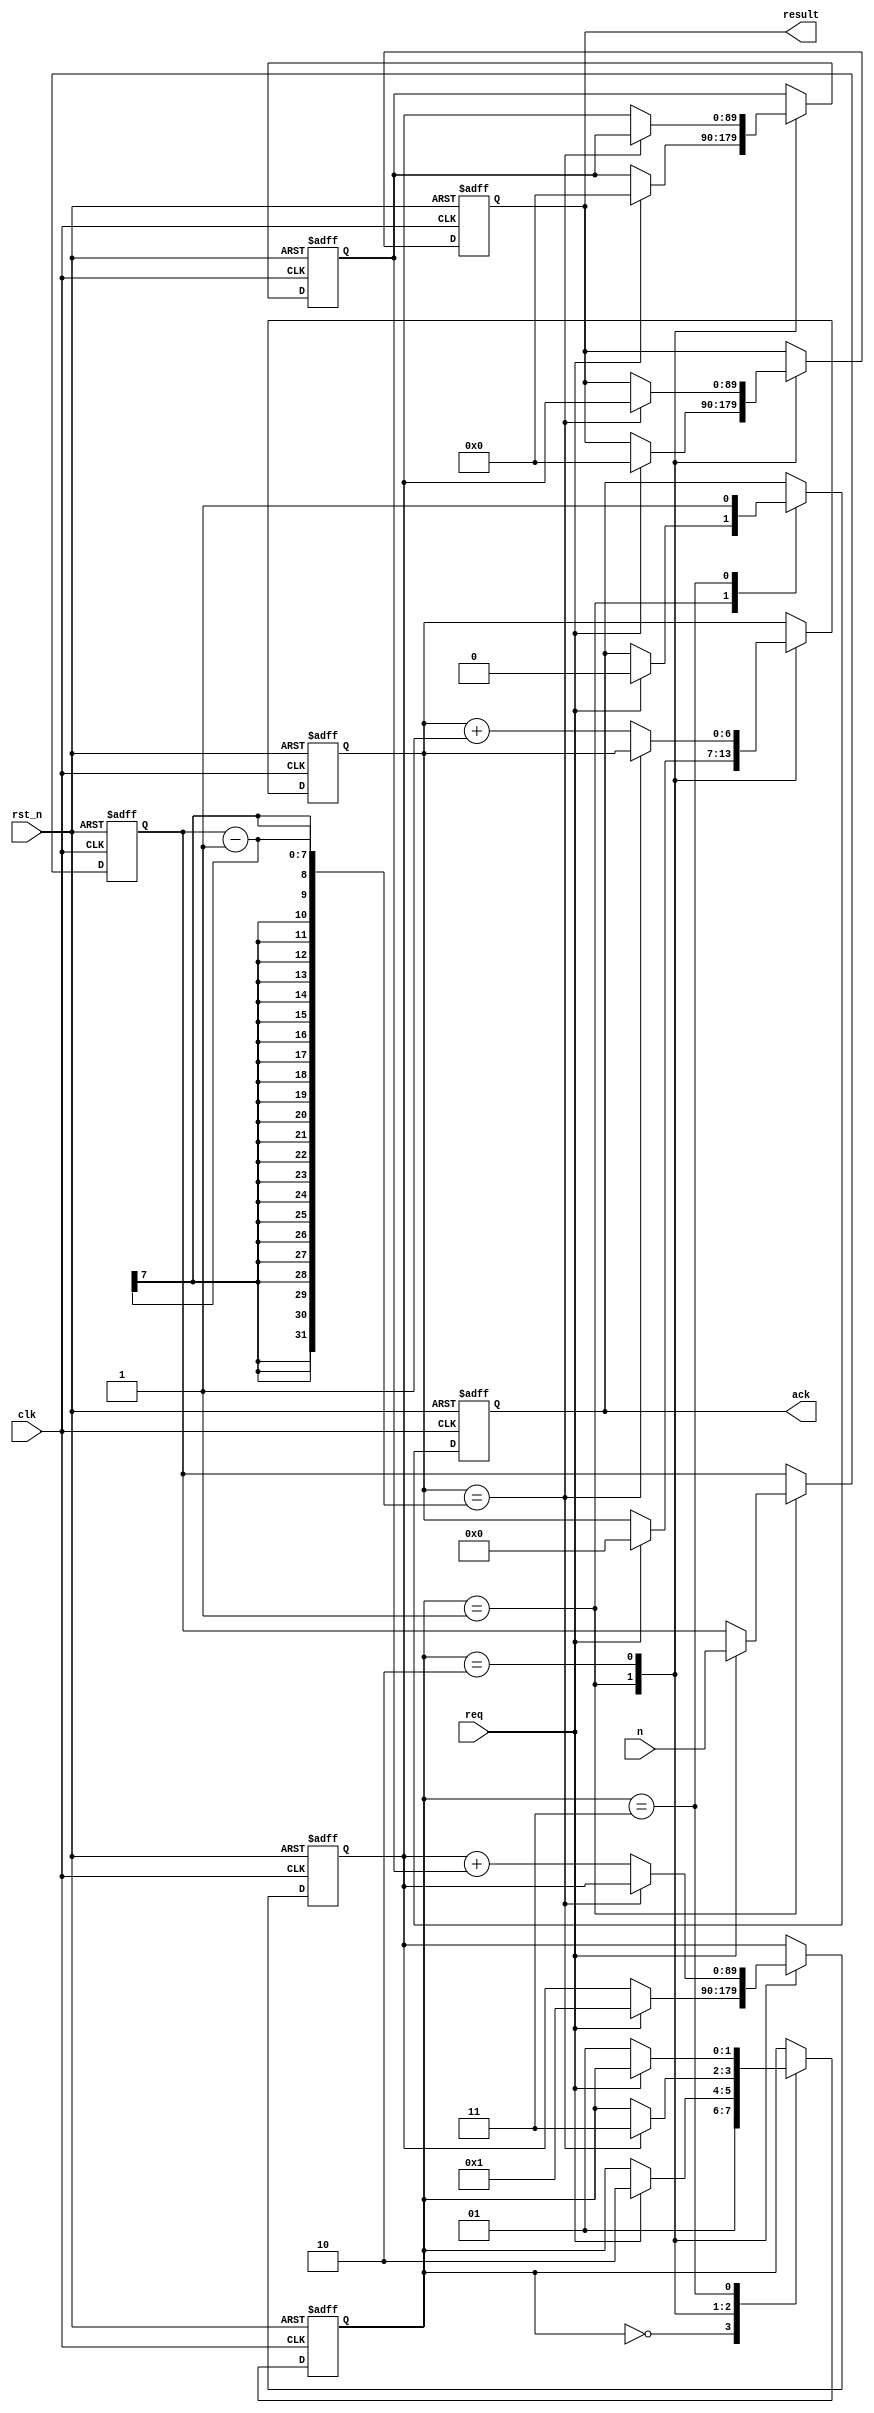
module fib
#(
  parameter N_IN  = 7,
  parameter N_OUT = 90
)
(
  input  wire             rst_n,
  input  wire             clk,
  input  wire             req,
  input  wire [N_IN-1:0]  n,
  output reg              ack,
  output reg  [N_OUT-1:0] result
);

localparam
  INIT          = 2'b00,
  WAIT_REQ      = 2'b01,
  CALC          = 2'b10,
  WAIT_REQ_FALL = 2'b11;

reg [1:0]       state;
reg [N_IN-1:0]  n_reg;
reg [N_OUT-1:0] n_m1;
reg [N_OUT-1:0] n_m2;
reg [N_IN-1:0]  cnt;

always @(posedge clk or negedge rst_n) begin
  if(~rst_n) begin
    state  <= INIT;
    n_reg  <= 0;
    n_m1   <= 0;
    n_m2   <= 0;
    cnt    <= 0;
    ack    <= 0;
    result <= 0;
  end else begin
    case(state)
      INIT         :begin
        state <= #1 WAIT_REQ;
      end
      WAIT_REQ     :begin
        if( req) begin
          state  <= #1 CALC;
          n_reg  <= #1 n;
          n_m1   <= #1 1;
          n_m2   <= #1 0;
          cnt    <= #1 0;
          ack    <= #1 0;
          result <= #1 0;
        end
      end
      CALC         :begin
        if(cnt == (n_reg-1)) begin
          state  <= #1 WAIT_REQ_FALL;
          result <= #1 n_m1;
        end else begin
          n_m1 <= #1 n_m1 + n_m2;
          n_m2 <= #1 n_m1;
          cnt  <= #1 cnt + 1;
        end
      end
      WAIT_REQ_FALL:begin
        if(~req)
          state <= #1 WAIT_REQ;
        ack <= #1 1;
      end
      default      :begin
        state <= 2'bxx;
      end
    endcase
  end
end

endmodule